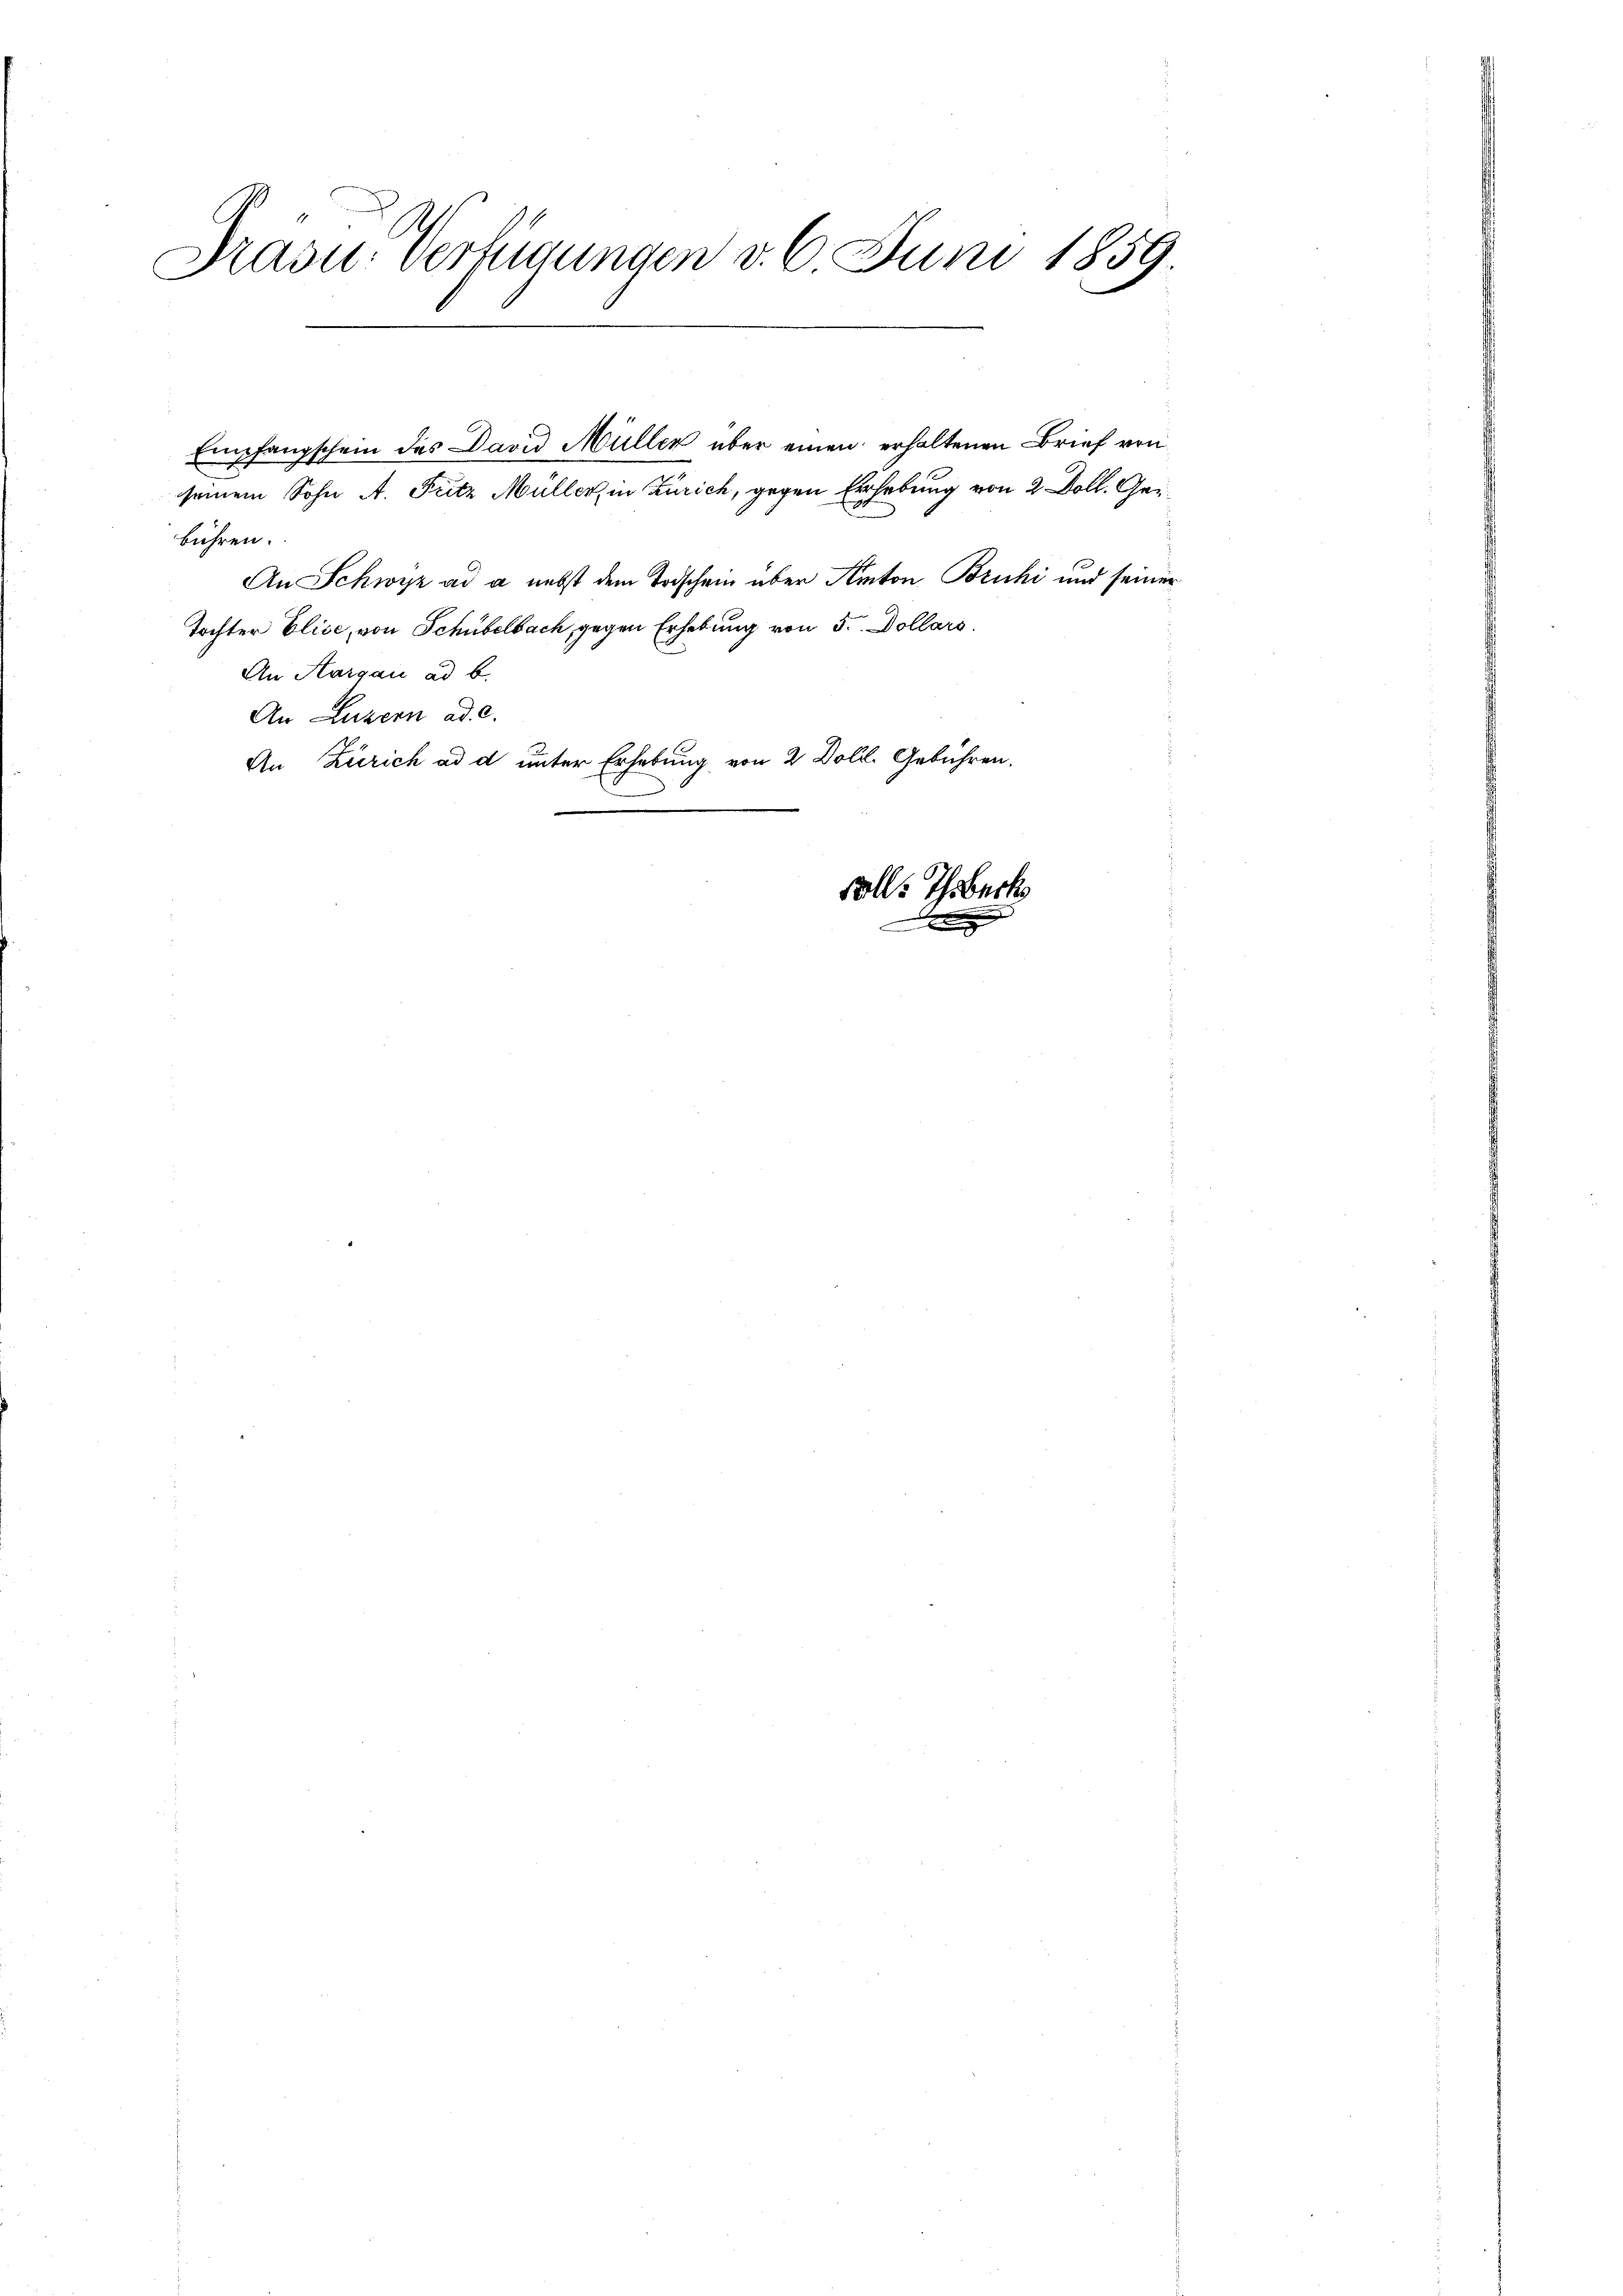
Präsid. Verfügungen v. 6. Juni 1859.

seinem Sohn A. Fritz Müller, in Zürich, gegen Erhebung von 2 Doll. Gerbühren.
An Schwyz ad a nebst dem Todschein über Anton Bruhi und seiner
Tochter Elise, von Schübelbach, gegen Erhebung von 5 Dollars
An Aargau ad b.
An Luzern ad 2.
An Zürich ad d unter Erhebung von 2 Doll. Gebühren.

Empfangschein des David Müller über einen erhaltenen Brief von

Falls Thrbeck

e